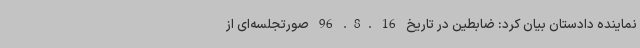
نماینده دادستان بیان کرد: ضابطین در تاریخ 16 .8. 96 صورتجلسه‌ای از